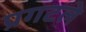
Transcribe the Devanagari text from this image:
प्रगटले